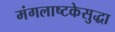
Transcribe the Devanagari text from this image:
मंगलाष्टकेसुद्धा